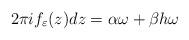
LaTeX: \begin{align*}2\pi i f_\varepsilon(z)dz = \alpha \omega + \beta h\omega\end{align*}